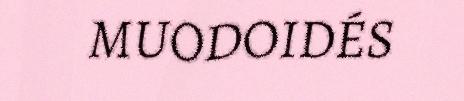
MUODOIDÉS